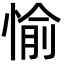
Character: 愉